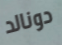
دونالد